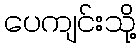
ပေကျင်းသို့